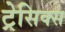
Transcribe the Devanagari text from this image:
ट्रेसिक्स